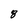
Character: 8